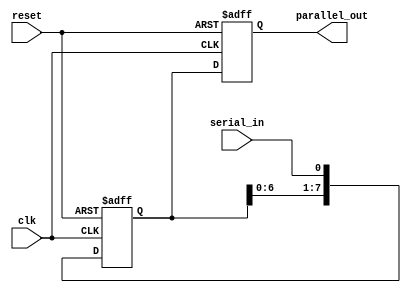
module serial_in_parallel_out_reg(
    input wire clk,       // Clock input
    input wire reset,     // Reset input
    input wire serial_in, // Serial input data
    output reg [7:0] parallel_out // Parallel output data
);

reg [7:0] shift_reg;  // Shift register to store serial input data

always @(posedge clk or posedge reset) begin
    if (reset) begin
        shift_reg <= 8'b0; // Reset shift register
        parallel_out <= 8'b0; // Reset parallel output
    end else begin
        // Shift data into shift register
        shift_reg <= {shift_reg[6:0], serial_in}; 
        // Output stored data in parallel format
        parallel_out <= shift_reg;
    end
end

endmodule